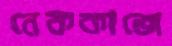
নেককাজে